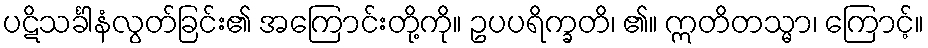
ပဋိသင်္ခါနံလွတ်ခြင်း၏ အကြောင်းတို့ကို။ ဥပပရိက္ခတိ၊ ၏။ ဣတိတသ္မာ၊ ကြောင့်။